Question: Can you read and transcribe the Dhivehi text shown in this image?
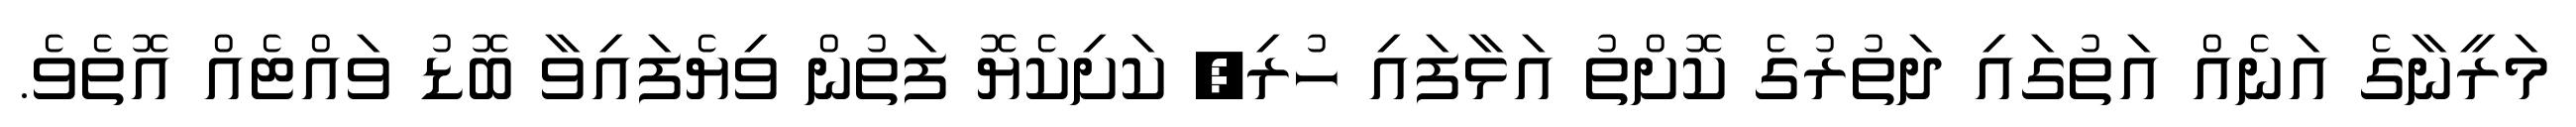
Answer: މަރީނާގެ އަނެއް އަތުގައި ދަތުރުގެ ކޮށްތު އަޅާފައި ހުރި, ކަށިކެޔޮ ފަތުން ވިޔެފައިވާ ބޮޑު ވައްޓެއް އޮތެވެ.